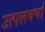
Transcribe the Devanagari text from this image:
उत्पलवर्णा